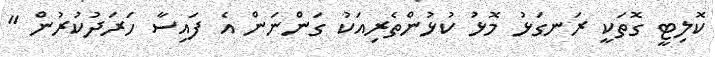
ކޮލިޓީ ގޮތަކީ ރަނގަޅު މޮޅު ކުޅުންތެރިއަކު ގަންނަން އެ ފައިސާ ހަރަދުކުރުން "